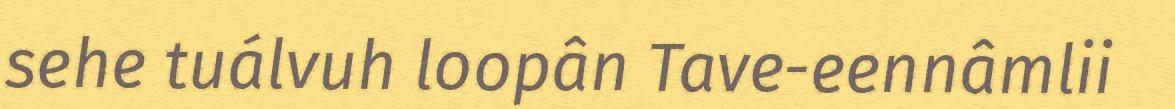
sehe tuálvuh loopân Tave-eennâmlii